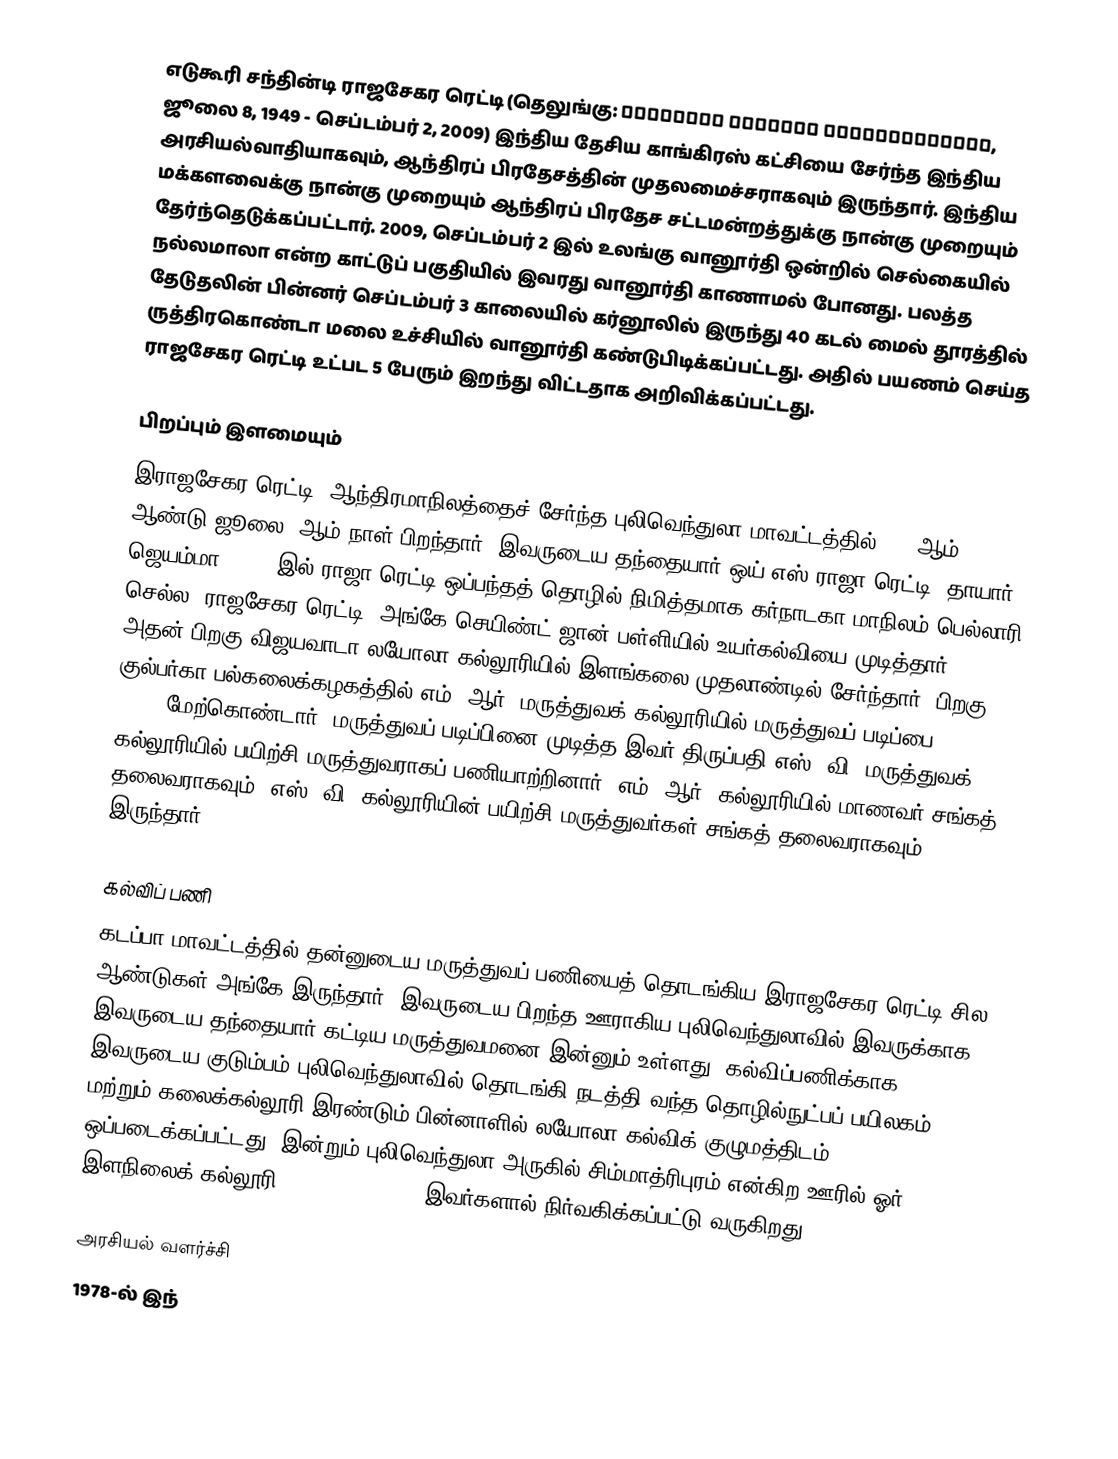
எடுகூரி சந்தின்டி ராஜசேகர ரெட்டி (தெலுங்கு: యెడుగూరి సందింటి రాజశేఖరరెడ్డి, ஜூலை 8, 1949 - செப்டம்பர் 2, 2009) இந்திய தேசிய காங்கிரஸ் கட்சியை சேர்ந்த இந்திய அரசியல்வாதியாகவும், ஆந்திரப் பிரதேசத்தின் முதலமைச்சராகவும் இருந்தார். இந்திய மக்களவைக்கு நான்கு முறையும் ஆந்திரப் பிரதேச சட்டமன்றத்துக்கு நான்கு முறையும் தேர்ந்தெடுக்கப்பட்டார். 2009, செப்டம்பர் 2 இல் உலங்கு வானூர்தி ஒன்றில் செல்கையில் நல்லமாலா என்ற காட்டுப் பகுதியில் இவரது வானூர்தி காணாமல் போனது. பலத்த தேடுதலின் பின்னர் செப்டம்பர் 3 காலையில் கர்னூலில் இருந்து 40 கடல் மைல் தூரத்தில் ருத்திரகொண்டா மலை உச்சியில் வானூர்தி கண்டுபிடிக்கப்பட்டது. அதில் பயணம் செய்த ராஜசேகர ரெட்டி உட்பட 5 பேரும் இறந்து விட்டதாக அறிவிக்கப்பட்டது.

பிறப்பும் இளமையும்
இராஜசேகர ரெட்டி, ஆந்திரமாநிலத்தைச் சேர்ந்த புலிவெந்துலா மாவட்டத்தில் 1949ஆம் ஆண்டு ஜூலை 8ஆம் நாள் பிறந்தார். இவருடைய தந்தையார் ஒய்.எஸ்.ராஜா ரெட்டி, தாயார் ஜெயம்மா. 1958-இல் ராஜா ரெட்டி ஒப்பந்தத் தொழில் நிமித்தமாக கர்நாடகா மாநிலம் பெல்லாரி செல்ல, ராஜசேகர ரெட்டி, அங்கே செயிண்ட் ஜான் பள்ளியில் உயர்கல்வியை முடித்தார். அதன் பிறகு விஜயவாடா லயோலா கல்லூரியில் இளங்கலை முதலாண்டில் சேர்ந்தார். பிறகு குல்பர்கா பல்கலைக்கழகத்தில் எம். ஆர். மருத்துவக் கல்லூரியில் மருத்துவப் படிப்பை (1966 – 1972) மேற்கொண்டார். மருத்துவப் படிப்பினை முடித்த இவர் திருப்பதி எஸ். வி. மருத்துவக் கல்லூரியில் பயிற்சி மருத்துவராகப் பணியாற்றினார். எம். ஆர். கல்லூரியில் மாணவர் சங்கத் தலைவராகவும், எஸ். வி. கல்லூரியின் பயிற்சி மருத்துவர்கள் சங்கத் தலைவராகவும் இருந்தார்.

கல்விப் பணி
கடப்பா மாவட்டத்தில் தன்னுடைய மருத்துவப் பணியைத் தொடங்கிய இராஜசேகர ரெட்டி சில ஆண்டுகள் அங்கே இருந்தார். இவருடைய பிறந்த ஊராகிய புலிவெந்துலாவில் இவருக்காக இவருடைய தந்தையார் கட்டிய மருத்துவமனை இன்னும் உள்ளது. கல்விப்பணிக்காக இவருடைய குடும்பம் புலிவெந்துலாவில் தொடங்கி நடத்தி வந்த தொழில்நுட்பப் பயிலகம் மற்றும் கலைக்கல்லூரி இரண்டும் பின்னாளில் லயோலா கல்விக் குழுமத்திடம் ஒப்படைக்கப்பட்டது. இன்றும் புலிவெந்துலா அருகில் சிம்மாத்ரிபுரம் என்கிற ஊரில் ஓர் இளநிலைக் கல்லூரி (JUNIOR COLLEGE) இவர்களால் நிர்வகிக்கப்பட்டு வருகிறது.

அரசியல் வளர்ச்சி
1978-ல் இந்